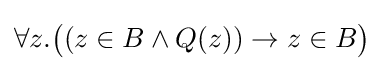
\forall z.{\big (}(z\in B\land Q(z))\to z\in B{\big )}